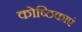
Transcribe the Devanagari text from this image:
कोष्ठिकाएं